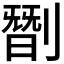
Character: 㔆